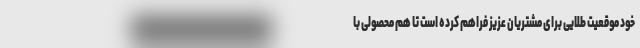
خود موقعیت طلایی برای مشتریان عزیز فراهم کرده است تا هم محصولی با